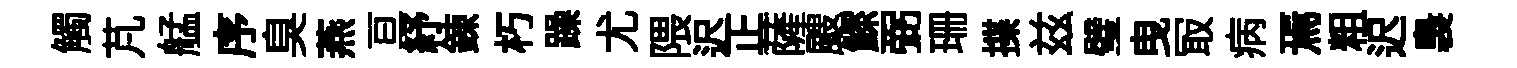
觸芃艋序臭燕亘紓錬朽躁尤隈迟正薩颼鰥弼珊揲兹璧曳冣病焉粗迟裊